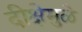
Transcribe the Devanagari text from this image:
दीक्षेमुळे